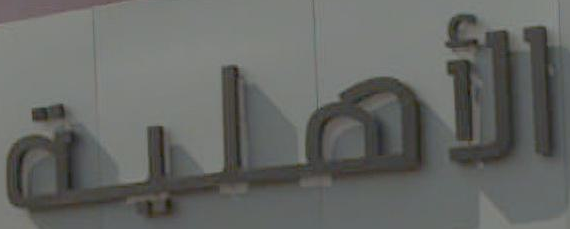
الأهلية